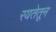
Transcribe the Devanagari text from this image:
रयतेतून